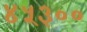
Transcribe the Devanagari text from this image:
४५३००